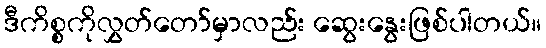
ဒီကိစ္စကိုလွှတ်တော်မှာလည်း ဆွေးနွေးဖြစ်ပါတယ်။